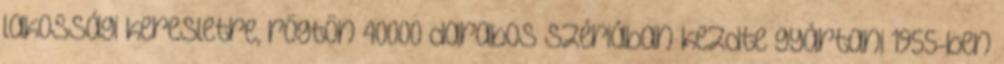
lakossági keresletre, rögtön 40000 darabos szériában kezdte gyártani 1955-ben